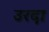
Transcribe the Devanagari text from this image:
उरदा